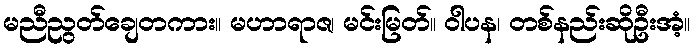
မညီညွတ်ချေတကား။ မဟာရာဇ၊ မင်းမြတ်။ ဝါပန၊ တစ်နည်းဆိုဦးအံ့။